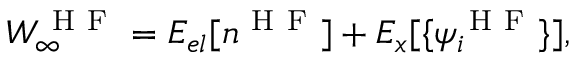
W _ { \infty } ^ { \mathrm { ~ H ~ F ~ } } = E _ { e l } [ n ^ { \mathrm { ~ H ~ F ~ } } ] + E _ { x } [ \{ \psi _ { i } ^ { \mathrm { ~ H ~ F ~ } } \} ] ,